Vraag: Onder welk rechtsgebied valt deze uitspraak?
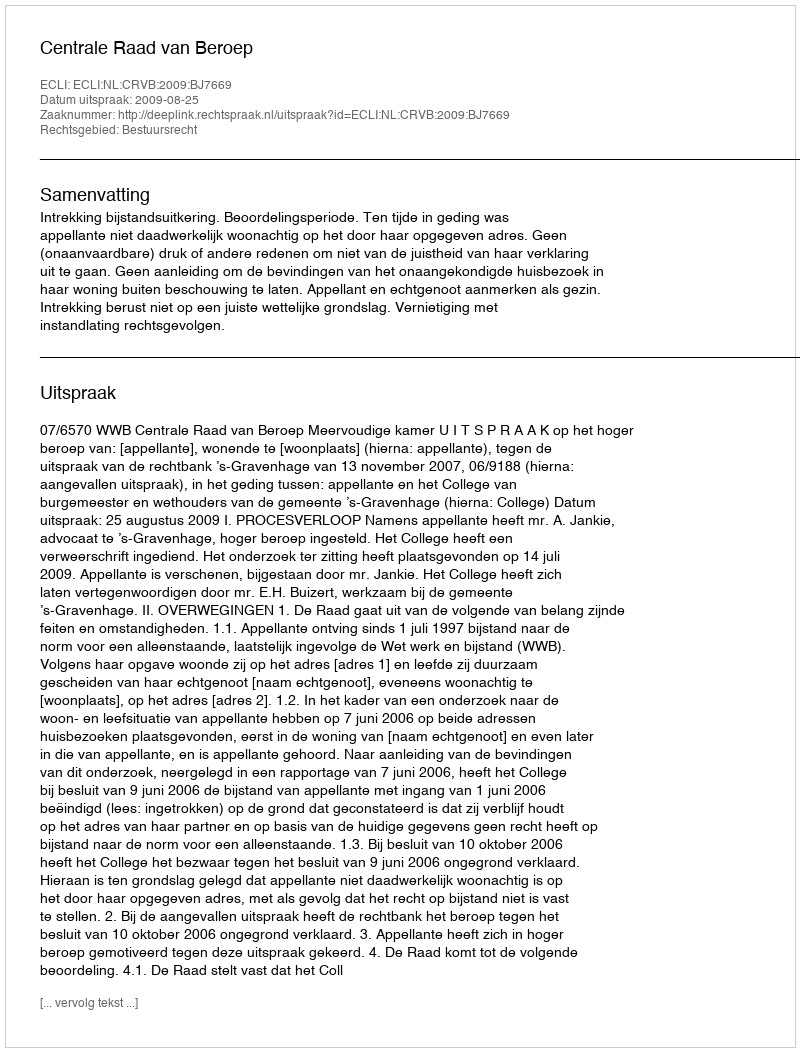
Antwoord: Bestuursrecht